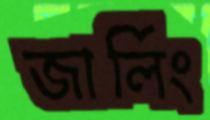
জার্লিং